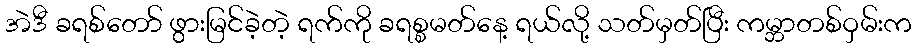
အဲဒီ ခရစ်တော် ဖွားမြင်ခဲ့တဲ့ ရက်ကို ခရစ္စမတ်နေ့ ရယ်လို့ သတ်မှတ်ပြီး ကမ္ဘာတစ်ဝှမ်းက